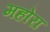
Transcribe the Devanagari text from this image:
महोरा